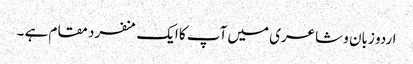
اردو زبان و شاعری میں آپ کا ایک منفرد مقام ہے ۔